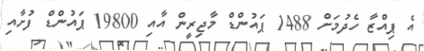
އެ ޕިއްޒާ ހެދުމަށް 1488 ޕައުންޑް މާޖިރީން އާއި 19800 ޕައުންޑް ފުށާއި